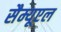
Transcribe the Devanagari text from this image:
सैम्यूएल